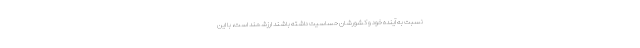
نسبت به آینده خود و کشورشان حساسیت داشته باشند ارزشمند است، با این